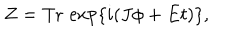
Z = \mathrm { T r } \, \exp \{ i ( J \phi + E t ) \} ,